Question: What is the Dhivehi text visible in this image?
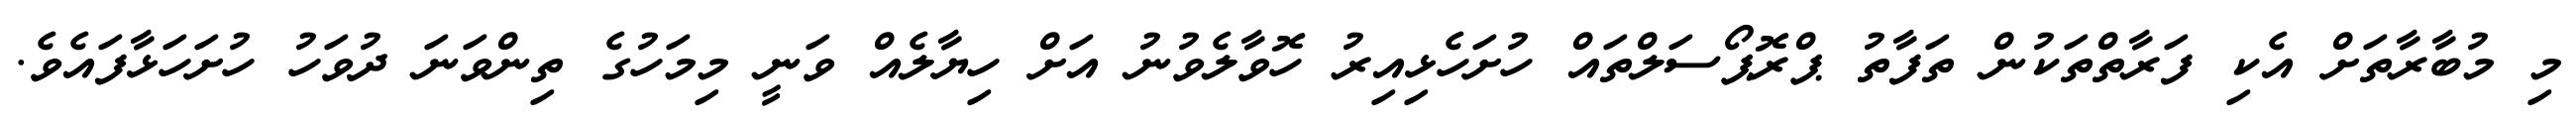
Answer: މި މުބާރާތަށް އެކި ފަރާތްތަކުން ތަފާތު ޕްރޮޕޯސަލްތައް ހުށަހެޅިއިރު ހޮވާލެވުނު އަށް ހިޔާލެއް ވަނީ މިމަހުގެ ތިންވަނަ ދުވަހު ހުށަހަޅާފައެވެ.